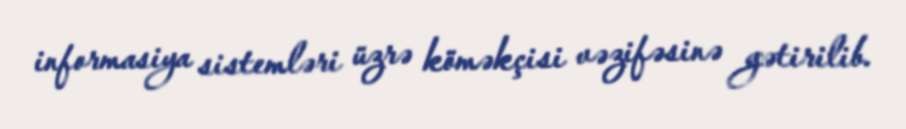
informasiya sistemləri üzrə köməkçisi vəzifəsinə gətirilib.